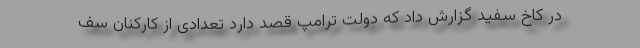
در کاخ سفید گزارش داد که دولت ترامپ قصد دارد تعدادی از کارکنان سف